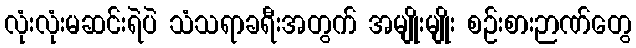
လုံးလုံးမဆင်းရဲပဲ သံသရာခရီးအတွက် အမျိုးမျိုး စဉ်းစားဉာဏ်တွေ